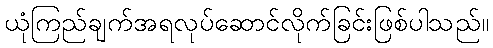
ယုံကြည်ချက်အရလုပ်ဆောင်လိုက်ခြင်းဖြစ်ပါသည်။